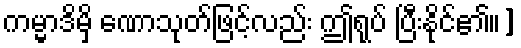
ကမ္မာဒိမှိ ဏောသုတ်ဖြင့်လည်း ဤရုပ် ပြီးနိုင်၏။]